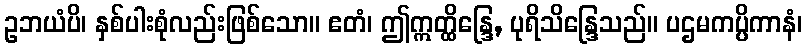
ဥဘယံပိ၊ နှစ်ပါးစုံလည်းဖြစ်သော။ ဧတံ၊ ဤဣတ္ထိန္ဒြေ, ပုရိသိန္ဒြေသည်။ ပဌမကပ္ပိကာနံ၊